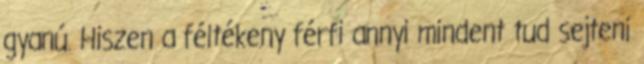
gyanú. Hiszen a féltékeny férfi annyi mindent tud sejteni